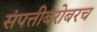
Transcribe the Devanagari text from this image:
संपत्तीबरोबरच